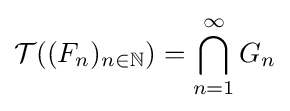
{\mathcal {T}}((F_{n})_{n\in \mathbb {N} })=\bigcap _{n=1}^{\infty }G_{n}